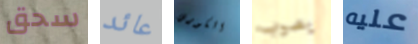
سحق عائد الكورس يصوب عليه